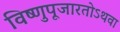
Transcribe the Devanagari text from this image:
विष्णुपूजारतोऽथवा